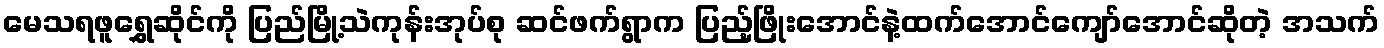
မေသရဖူရွှေဆိုင်ကို ပြည်မြို့သဲကုန်းအုပ်စု ဆင်ဖက်ရွာက ပြည့်ဖြိုးအောင်နဲ့ထက်အောင်ကျော်အောင်ဆိုတဲ့ အသက်